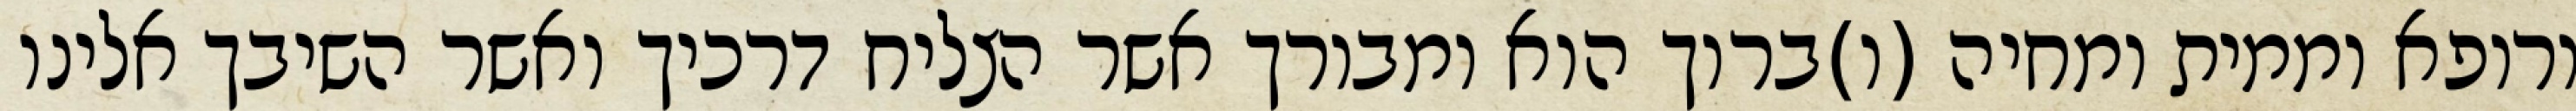
ורופא וממית ומחיה (ו)ברוך הוא ומבורך אשר הצליח דרכיך ואשר השיבך אלינו